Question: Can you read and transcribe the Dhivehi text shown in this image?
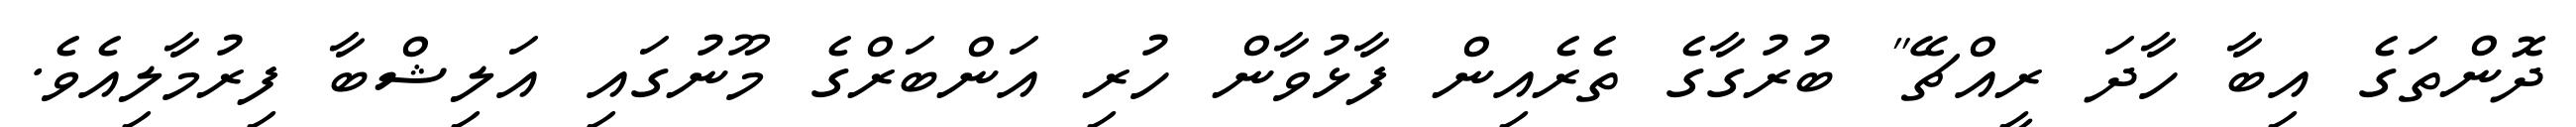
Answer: ދޮންތަގެ އިބާ ހާދަ ރީއްޗޭ" ބުރުގާގެ ތެރެއިން ފާޅުވާން ހުރި އަންބަރްގެ މޫނުގައި އަލިޝްބާ ފިރުމާލިއެވެ.